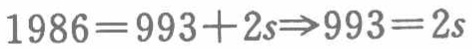
\(1986 = 993 + 2s\Rightarrow993 = 2s\)